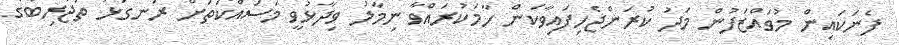
ފެނަކައިން މުވައްޒަފުން މަދު ކުރަންޖެހިފައިވާކަން ހާމަކުރައްވާ ނިމާލު ވިދާޅުވީ މަސައްކަތަށް ރަނގަޅު ތަޖުރިބާގެ